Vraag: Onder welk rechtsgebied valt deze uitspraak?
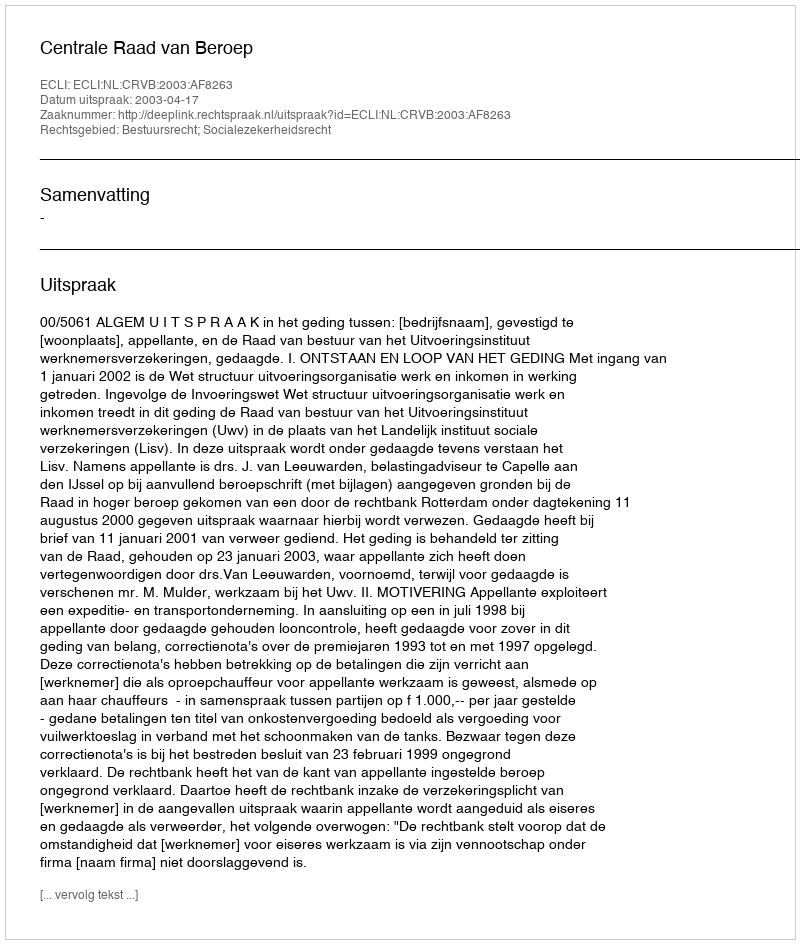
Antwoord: Bestuursrecht; Socialezekerheidsrecht